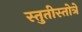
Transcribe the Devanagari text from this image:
स्तुतीस्तोत्रे